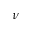
\nu